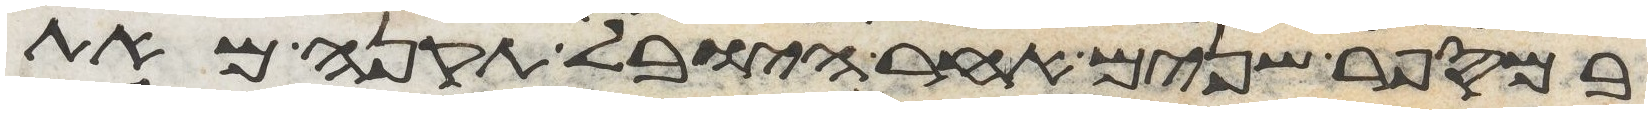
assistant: במספר שנים אחר היובל תקנה מאת